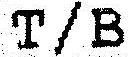
T/B